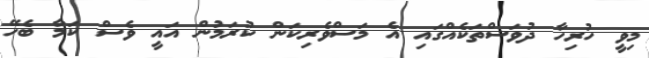
މިވީ ހުރިހާ ދުވަސްތަކެއްގައި އެ މަސްވެރިކަން ކުރަމުން އައީ ވެސް ކަމާ ބެހޭ